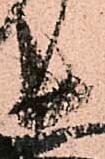
長